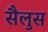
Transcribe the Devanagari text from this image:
सैलुस